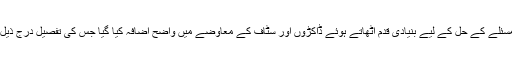
اس مسئلے کے حل کے لیے بنیادی قدم اٹھاتے ہوئے ڈاکڑوں اور سٹاف کے معاوضے میں واضح اضافہ کیا گیا جس کی تفصیل درج ذیل ہے۔